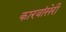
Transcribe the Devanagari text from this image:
कारवांसेरी